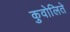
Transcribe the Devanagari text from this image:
कुवोलिते